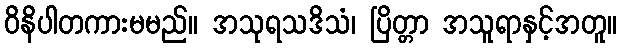
ဝိနိပါတကားမမည်။ အသုရသဒိသံ၊ ပြိတ္တာ အသူရာနှင့်အတူ။